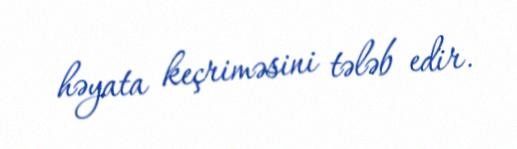
həyata keçriməsini tələb edir.